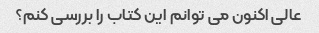
عالی اکنون می توانم این کتاب را بررسی کنم؟